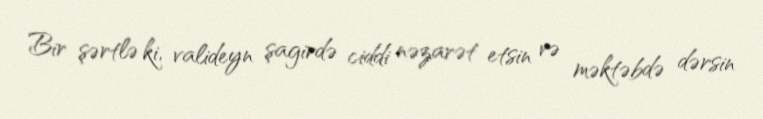
Bir şərtlə ki, valideyn şagirdə ciddi nəzarət etsin və məktəbdə dərsin